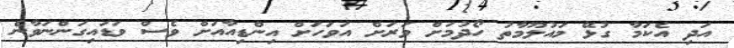
އަދި އެކަމާ ގުޅޭ މައުލޫމާތު ހޯދުމަށް ވަރަށް އަވަހަށް އިންޑިއާއަށް ވެސް ވަޑައިގަންނަވާނެ